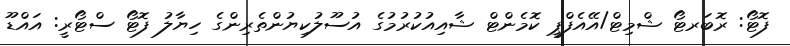
ފޮޓޯ: ރޮބަރޓޯ ޝްމިޓް/އޭއެފްޕީ ކޮމެންޓް ޝާއިއުކުރުމުގެ އުސޫލުކިޔުންތެރިންގެ ހިޔާލު ފޮޓޯ ސްޓޯރީ: އައްޑޫ